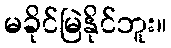
မခိုင်မြဲနိုင်ဘူး။